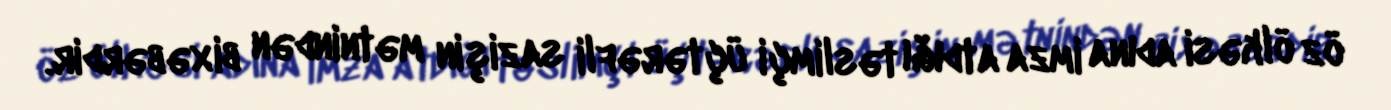
öz ölkəsi adına imza atdığı təslimçi üçtərəfli sazişin mətnindən bixəbərdir.